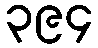
၃၉၄